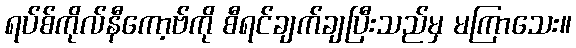
ရပ်စ်ကိုလ်နီကော့ဗ်ကို စီရင်ချက်ချပြီးသည်မှ မကြာသေး။